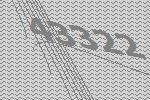
43322